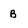
Character: B